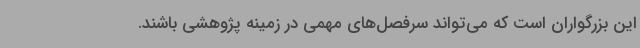
این بزرگواران است که می‌تواند سرفصل‌های مهمی در زمینه پژوهشی باشند.